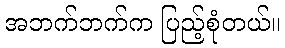
အဘက်ဘက်က ပြည့်စုံတယ်။